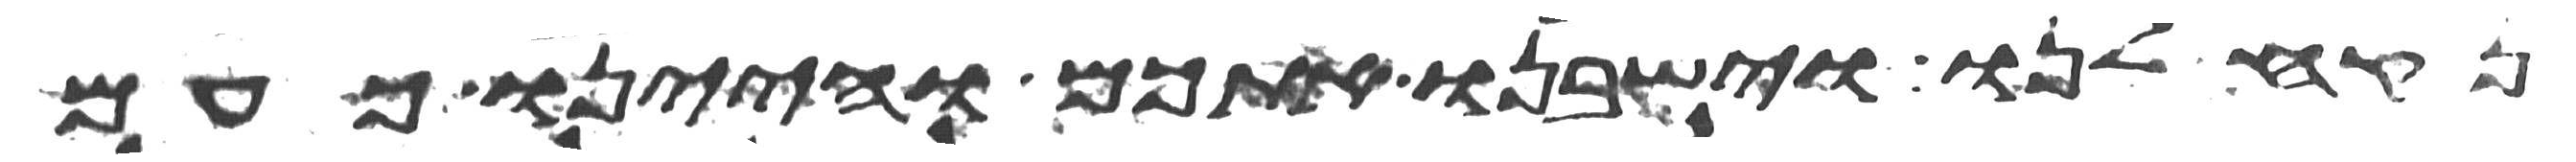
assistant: נקח לנו וישבנו אתכם והיינו כעם